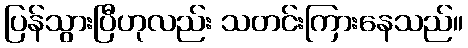
ပြန်သွားပြီဟုလည်း သတင်းကြားနေသည်။